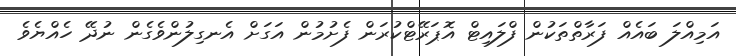
އަމިއްލަ ބައެއް ފަރާތްތަކުން ފްލައިޓް އޮޕަރޭޓްކުރަން ފެށުމުން އަގަށް އެނގިލުންވެގެން ނުދޭ ހެއްޔެވެ